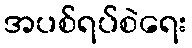
အပစ်ရပ်စဲရေး